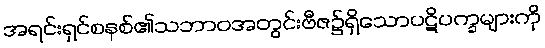
အရင်းရှင်စနစ်၏သဘာဝအတွင်းဗီဇ၌ရှိသောပဋိပက္ခများကို